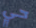
حي